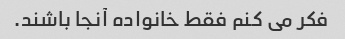
فکر می کنم فقط خانواده آنجا باشند.